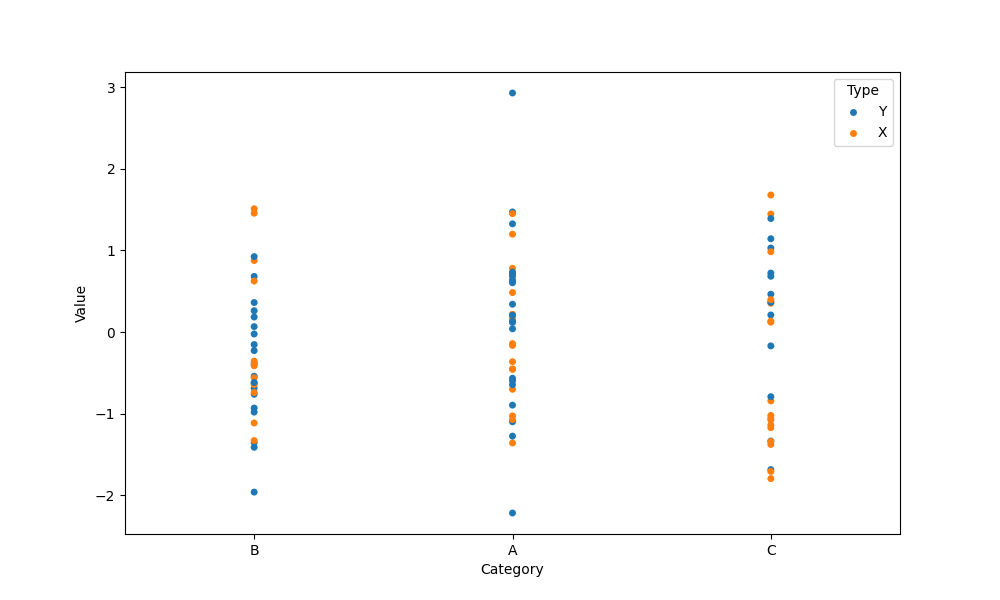
python, seaborn, stripplot, jitter=False, dodge=False, alpha=1.0, size=5